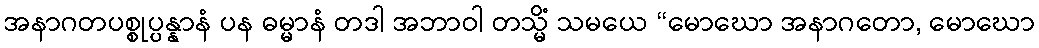
အနာဂတပစ္စုပ္ပန္နာနံ ပန ဓမ္မာနံ တဒါ အဘာဝါ တသ္မိံ သမယေ “မောဃော အနာဂတော, မောဃော